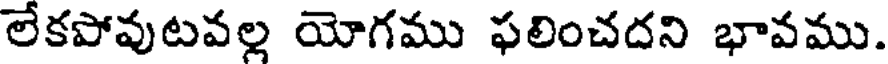
లేకపోవుటవల్ల యోగము ఫలించదని భావము.